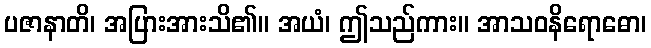
ပဇာနာတိ၊ အပြားအားသိ၏။ အယံ၊ ဤသည်ကား။ အာသဝနိရောဓော၊